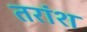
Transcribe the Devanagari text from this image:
तरांश